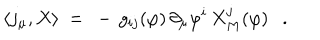
\langle j _ { \mu } , X \rangle ~ = ~ - \, g _ { i j } ( \varphi ) \, \partial _ { \mu } \varphi ^ { i } \, X _ { M } ^ { j } ( \varphi ) .